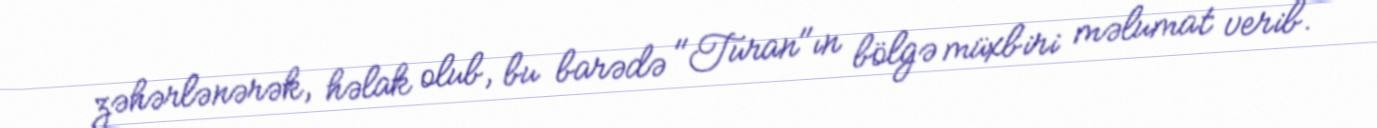
zəhərlənərək, həlak olub, bu barədə "Turan"ın bölgə müxbiri məlumat verib.